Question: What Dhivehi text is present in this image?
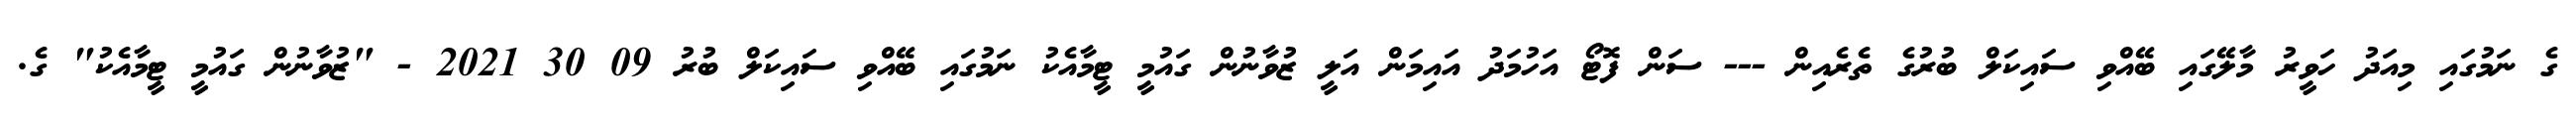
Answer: ގެ ނަމުގައި މިއަދު ހަވީރު މާލޭގައި ބޭއްވި ސައިކަލް ބުރުގެ ތެރެއިން --- ސަން ފޮޓޯ އަހުމަދު އައިމަން އަލީ ޒުވާނުން ގައުމީ ޓީމާއެކު ނަމުގައި ބޭއްވި ސައިކަލް ބުރު 09 30 2021 - "ޒުވާނުން ގައުމީ ޓީމާއެކު" ގެ.